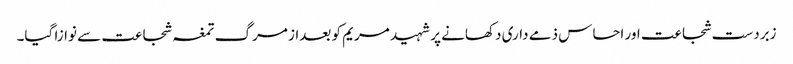
زبردست شجاعت اور احساس ذمے داری دکھانے پر شہید مریم کو بعداز مرگ تمغہ شجاعت سے نوازا گیا۔